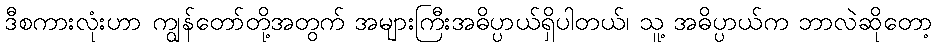
ဒီစကားလုံးဟာ ကျွန်တော်တို့အတွက် အများကြီးအဓိပ္ပာယ်ရှိပါတယ်၊ သူ့ အဓိပ္ပာယ်က ဘာလဲဆိုတော့